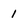
Character: 1